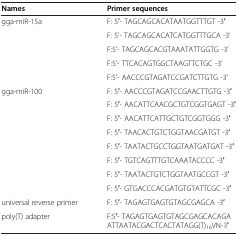
<table><thead><tr><td><b>Names</b></td><td><b>Primer sequences</b></td></tr></thead><tbody><tr><td>gga-miR-15a</td><td>F: 5′- TAGCAGCACATAATGGTTTGT -3′</td></tr><tr><td>[EMPTY_CELL]</td><td>F: 5’- TAGCAGCACATCATGGTTTGCA -3’</td></tr><tr><td>[EMPTY_CELL]</td><td>F:5’- TAGCAGCACGTAAATATTGGTG -3’</td></tr><tr><td>[EMPTY_CELL]</td><td>F:5’- TTCACAGTGGCTAAGTTCTGC -3’</td></tr><tr><td>[EMPTY_CELL]</td><td>F:5’- AACCCGTAGATCCGATCTTGTG -3’</td></tr><tr><td>gga-miR-100</td><td>F: 5′- AACCCGTAGATCCGAACTTGTG -3′</td></tr><tr><td>[EMPTY_CELL]</td><td>F: 5′- AACATTCAACGCTGTCGGTGAGT -3′</td></tr><tr><td>[EMPTY_CELL]</td><td>F: 5′- AACATTCATTGCTGTCGGTGGG -3′</td></tr><tr><td>[EMPTY_CELL]</td><td>F: 5′- TAACACTGTCTGGTAACGATGT -3′</td></tr><tr><td>[EMPTY_CELL]</td><td>F: 5′- TAATACTGCCTGGTAATGATGAT -3′</td></tr><tr><td>[EMPTY_CELL]</td><td>F: 5′- TGTCAGTTTGTCAAATACCCC -3′</td></tr><tr><td>[EMPTY_CELL]</td><td>F: 5′- TAATACTGTCTGGTAATGCCGT -3′</td></tr><tr><td>[EMPTY_CELL]</td><td>F: 5′- GTGACCCACGATGTGTATTCGC -3′</td></tr><tr><td>universal reverse primer</td><td>F: 5′- TAGAGTGAGTGTAGCGAGCA -3′</td></tr><tr><td>poly(T) adapter</td><td>F:5′- TAGAGTGAGTGTAGCGAGCACAGAATTAATACGACTCACTATAGG(T)<sub>16</sub>VN-3′</td></tr></tbody></table>